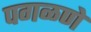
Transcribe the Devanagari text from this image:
पगळणे